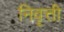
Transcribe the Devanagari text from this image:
निवॄत्ती